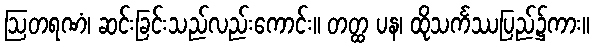
ဩတရဏံ၊ ဆင်းခြင်းသည်လည်းကောင်း။ တတ္ထ ပန၊ ထိုသင်္ကဿပြည်၌ကား။